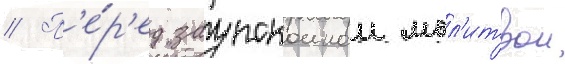
// П'е́р'ед заупокоинои мол'итвои